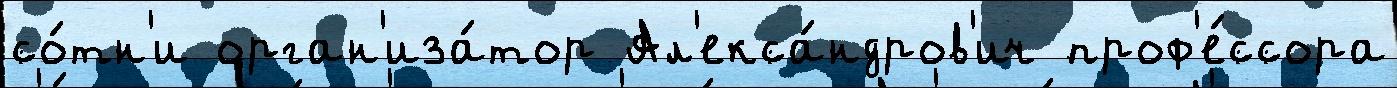
со́тн'и орган'иза́тор Ал'екса́ндров'ич проф'е́ссора